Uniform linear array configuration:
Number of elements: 24
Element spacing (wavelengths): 0.75
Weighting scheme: hamming
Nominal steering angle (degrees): -60
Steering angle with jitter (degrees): -59.393
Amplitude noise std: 0.05
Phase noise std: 0.05

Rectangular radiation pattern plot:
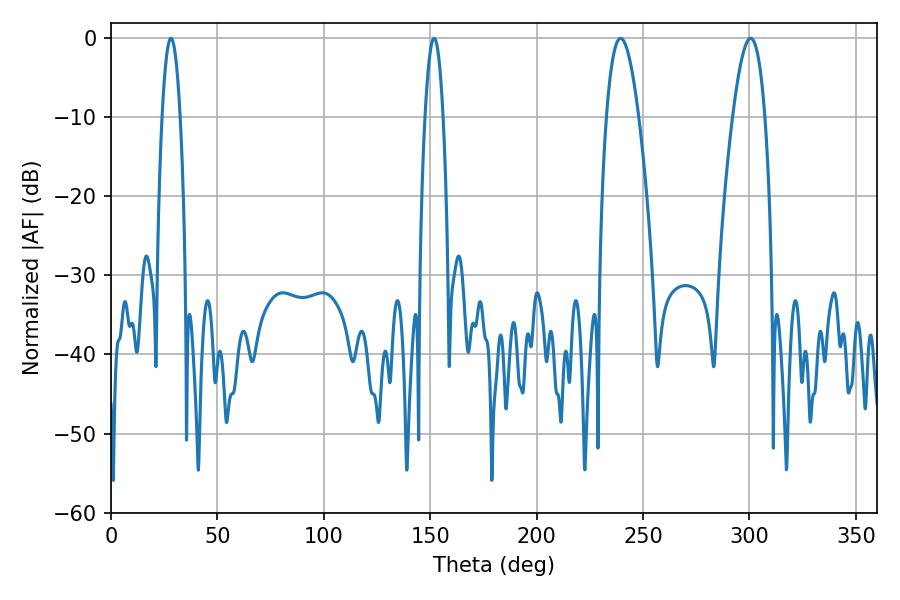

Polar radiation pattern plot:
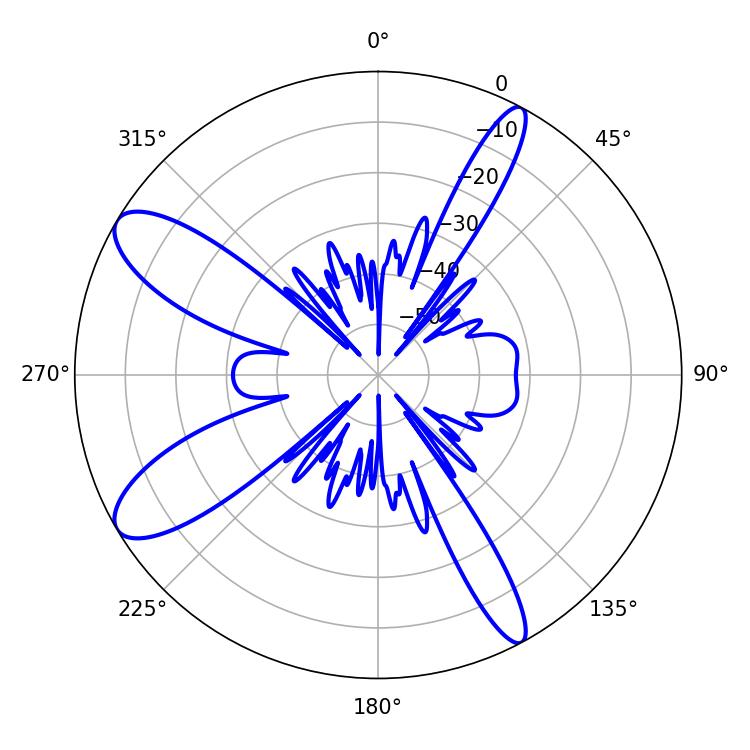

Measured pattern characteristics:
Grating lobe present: TRUE
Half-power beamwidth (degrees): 8.28
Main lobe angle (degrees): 239.4